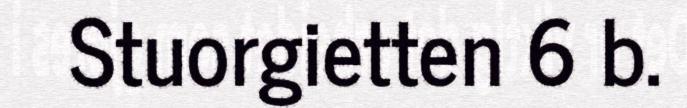
Stuorgietten 6 b.